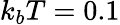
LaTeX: k_{b}T=0.1